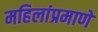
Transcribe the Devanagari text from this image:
महिलांप्रमाणे